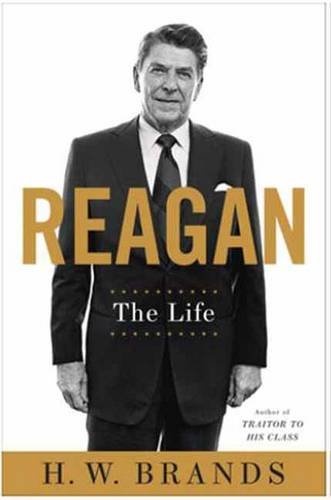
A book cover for Reagan: The Life; H.W. Brands; Biographies & Memoirs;